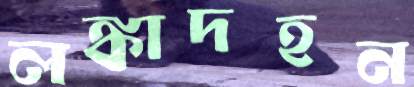
লঙ্কাদহন